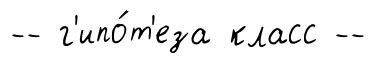
-- г'ипо́т'еза класс --